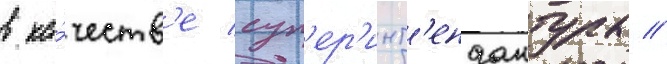
в ка́честв'е суп'ер'инт'ендантуры //